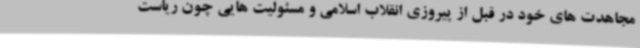
مجاهدت های خود در قبل از پیروزی انقلاب اسلامی و مسئولیت هایی چون ریاست